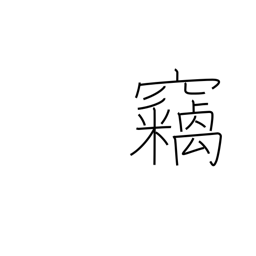
Meaning: hushed